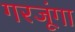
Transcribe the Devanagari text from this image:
गरजूंगा